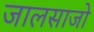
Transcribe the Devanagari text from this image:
जालसाजो